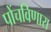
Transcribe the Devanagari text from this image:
पोंचविणारा